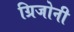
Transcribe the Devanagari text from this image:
ग्रिजोनी